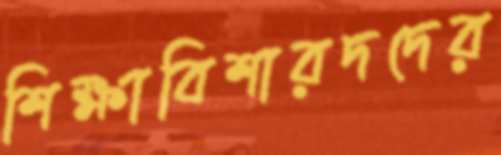
শিক্ষাবিশারদদের